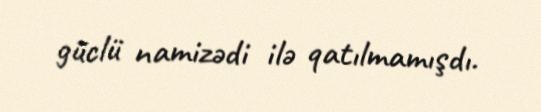
güclü namizədi ilə qatılmamışdı.